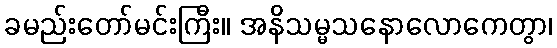
ခမည်းတော်မင်းကြီး။ အနိသမ္မသနောလောကေတွာ၊